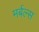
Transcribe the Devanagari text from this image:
मर्बल्स